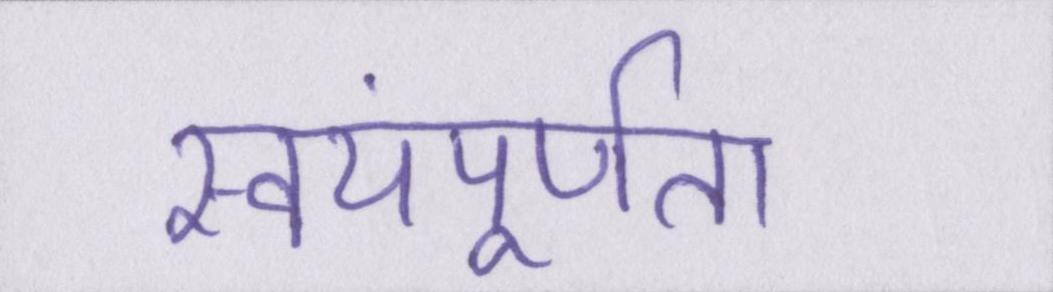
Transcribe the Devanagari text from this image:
स्वयंपूर्णता